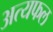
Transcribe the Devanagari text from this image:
अत्यफल